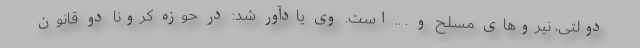
دولتی، نیروهای مسلح و . .. است. وی یادآور شد: در حوزه کرونا دو قانون